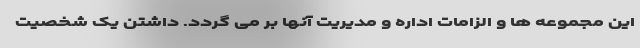
این مجموعه ها و الزامات اداره و مدیریت آنها بر می گردد. داشتن یک شخصیت